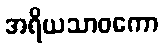
အရိယသာဝကော